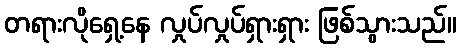
တရားလိုရှေ့နေ လှုပ်လှုပ်ရှားရှား ဖြစ်သွားသည်။